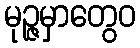
မုဉ္ဇမှာတွေဝ